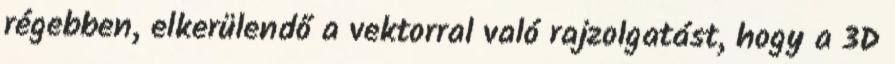
régebben, elkerülendő a vektorral való rajzolgatást, hogy a 3D